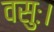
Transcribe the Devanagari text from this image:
वसुः।